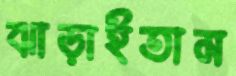
ঝাড়াইতাম